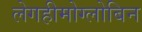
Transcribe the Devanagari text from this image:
लेगहीमोग्लोबिन